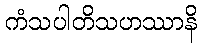
ကံသပါတိသဟဿာနိ